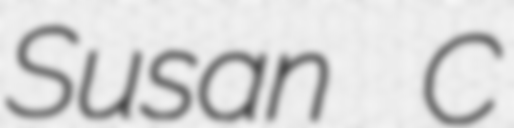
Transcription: Susan C